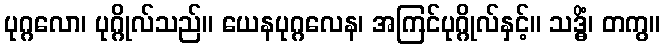
ပုဂ္ဂလော၊ ပုဂ္ဂိုလ်သည်။ ယေနပုဂ္ဂလေန၊ အကြင်ပုဂ္ဂိုလ်နှင့်။ သဒ္ဓိံ၊ တကွ။